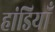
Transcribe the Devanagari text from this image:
हांडियाँ